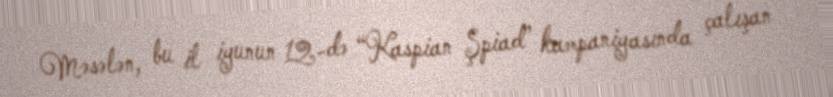
Məsələn, bu il iyunun 12-də “Kaspian Şpiad” kampaniyasında çalışan